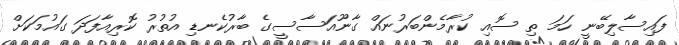
ފައިސާލިބޭނީ ހަމަ ތި ސޮއި ކުރާމެންބަރުނައް ގާނޫއަސާސީގެ ބާރުކެނޑި އުތުރު ކޮރިއާފަދަ ގައުމަކަށް